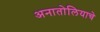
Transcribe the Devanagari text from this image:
अनातोलियाचे